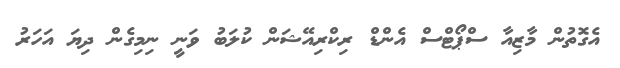
އެގޮތުން މާޒިއާ ސްޕޯޓްސް އެންޑް ރިކްރިއޭޝަން ކުލަބު ވަނީ ނިމިގެން ދިޔަ އަހަރު